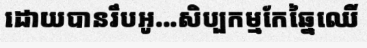
ដោយបានរឹបអូ...សិប្បកម្មកែឆ្នៃឈើ